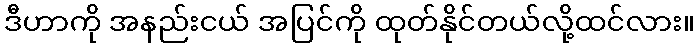
ဒီဟာကို အနည်းငယ် အပြင်ကို ထုတ်နိုင်တယ်လို့ထင်လား။